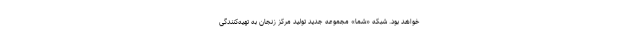
خواهد بود. شبکه «شما» مجموعه جدید تولید مرکز زنجان به تهیه‌کنندگی